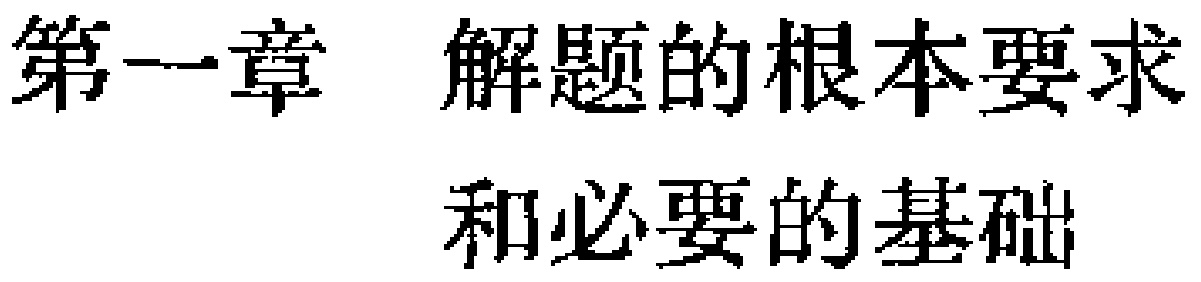
第一章 解题的根本要求

和必要的基础